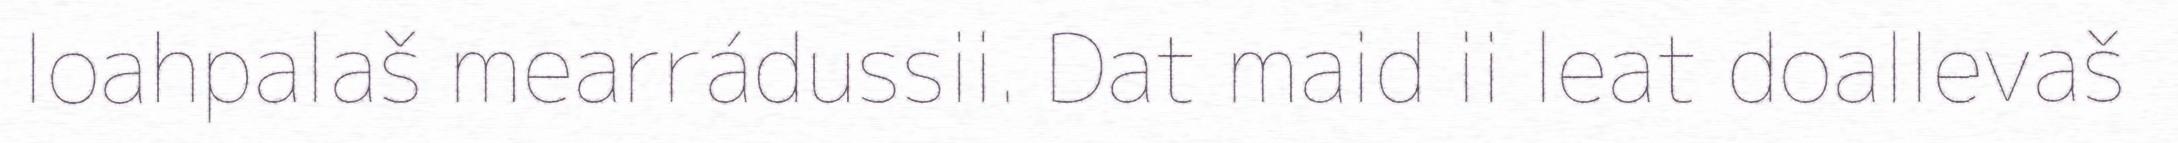
loahpalaš mearrádussii. Dat maid ii leat doallevaš